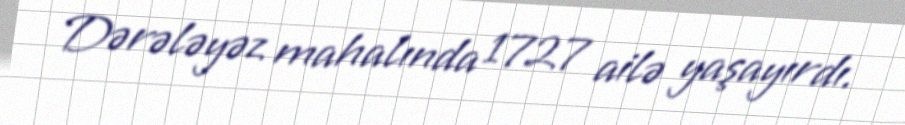
Dərələyəz mahalında 1727 ailə yaşayırdı.